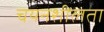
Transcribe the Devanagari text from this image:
चयनशीलता